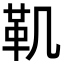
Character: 𩉜